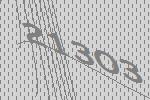
21303